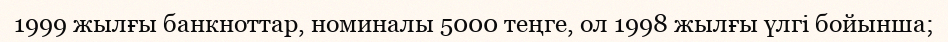
1999 жылғы банкноттар, номиналы 5000 теңге, ол 1998 жылғы үлгі бойынша;